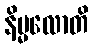
နိမ္မလောတိ